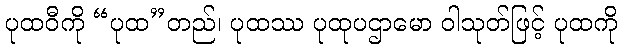
ပုထဝီကို “ပုထ”တည်၊ ပုထဿ ပုထုပဌာမော ဝါသုတ်ဖြင့် ပုထကို